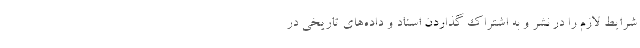
شرایط لازم را در نشر و به اشتراک گذاردن اسناد و داده‌های تاریخی در